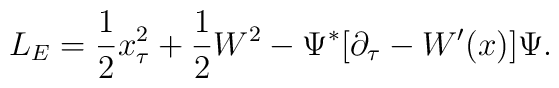
L_E =  {1 \over 2}  x_{\tau} ^2 + {1 \over 2} W^2 -\Psi^{\ast}[\partial_{\tau}  -W^{\prime}(x)]\Psi.